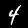
Label: 4